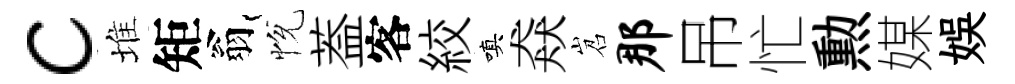
c堆矩翁恱葢客絞嗔猋岧那吊忙勲媒娱